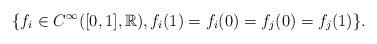
LaTeX: \begin{align*}\{ f_i \in C^\infty( [0,1], \mathbb{R} ), f_i(1)=f_i(0)=f_j(0)=f_j(1) \}.\end{align*}